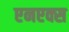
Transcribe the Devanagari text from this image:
एनएक्स